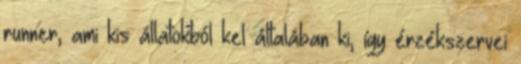
runner, ami kis állatokból kel általában ki, így érzékszervei